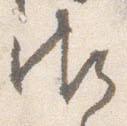
御